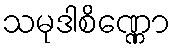
သမုဒါစိဏ္ဏော